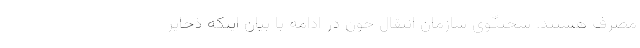
مصرف هستند. سخنگوی سازمان انتقال خون در ادامه با بیان اینکه ذخایر